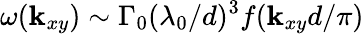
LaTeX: \omega({\mathbf k}_{xy})\sim\Gamma_{0}(\lambda_{0}/d)^{3}f({\mathbf k}_{xy}d/\pi)